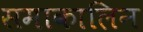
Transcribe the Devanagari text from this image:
समाकालिन